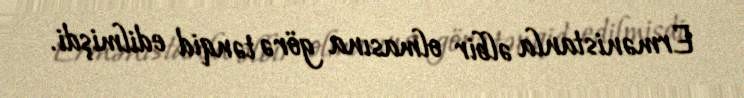
Ermənistanla əlbir olmasına görə tənqid edilmişdi.